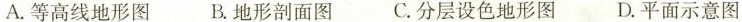
A.等高线地形图 B.地形剖面图C.分层设色地形图D.平面示意图